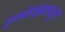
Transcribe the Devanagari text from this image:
एस्पेरांझामधून